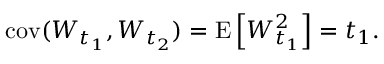
\operatorname { c o v } ( W _ { t _ { 1 } } , W _ { t _ { 2 } } ) = \operatorname { E } \left[ W _ { t _ { 1 } } ^ { 2 } \right] = t _ { 1 } .